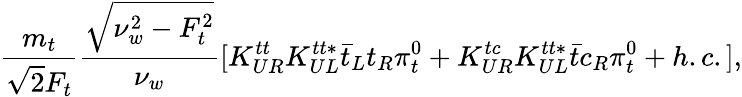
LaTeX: \frac{m_{t}}{\sqrt{2}F_{t}}\frac{\sqrt{\nu_{w}^{2}-F_{t}^{2}}}{\nu_{w}}[K_{UR}^{tt}K_{UL}^{tt\ast}\bar{t}_{L}t_{R}\pi_{t}^{0}+K_{UR}^{tc}K_{UL}^{tt\ast}\bar{t}c_{R}\pi_{t}^{0}+h.c.],